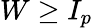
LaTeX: W\geq I_{p}